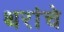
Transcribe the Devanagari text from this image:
थरांचे